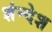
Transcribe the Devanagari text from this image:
शंन्देश